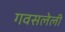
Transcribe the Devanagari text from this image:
गवसलेली